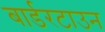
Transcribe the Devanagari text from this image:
बार्डरटाउन